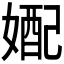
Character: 𫱓